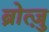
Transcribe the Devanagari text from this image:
ब्रोत्ज़ु